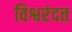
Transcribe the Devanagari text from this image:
विश्वरंदत्त